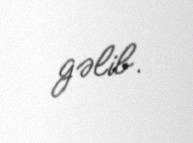
gəlib.